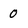
Character: 0